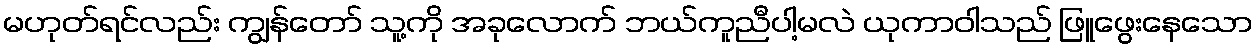
မဟုတ်ရင်လည်း ကျွန်တော် သူ့ကို အခုလောက် ဘယ်ကူညီပါ့မလဲ ယုကာဝါသည် ဖြူဖွေးနေသော